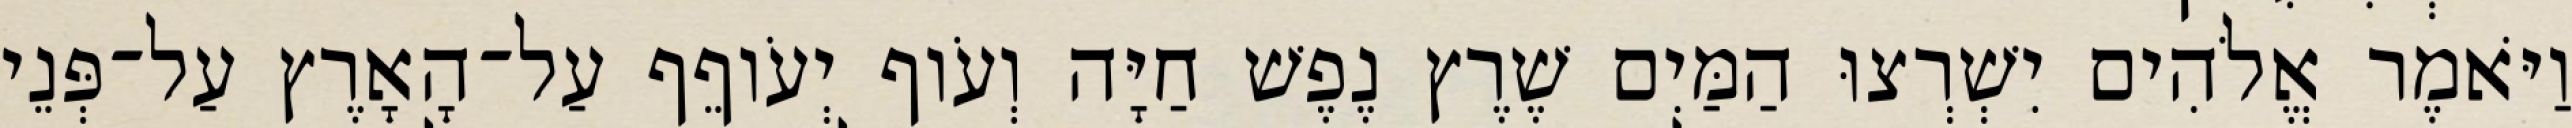
וַיֹּאמֶר אֱלֹהִים יִשְׁרְצוּ הַמַּיִם שֶׁרֶץ נֶפֶשׁ חַיָּה וְעֹוף יְעֹוףֵף עַל־הָאָרֶץ עַל־פְּנֵי